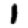
Digit: 1